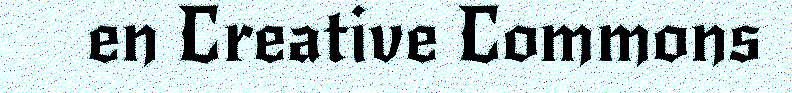
en Creative Commons